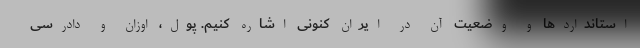
استانداردها و وضعیت آن در ایران کنونی اشاره کنیم. پول، اوزان و دادرسی